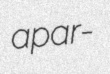
apar-